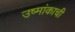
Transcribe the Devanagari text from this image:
उष्मांकाची